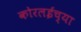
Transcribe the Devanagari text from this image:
कोरलईच्या